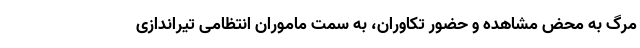
مرگ به محض مشاهده و حضور تکاوران، به سمت ماموران انتظامی تیراندازی